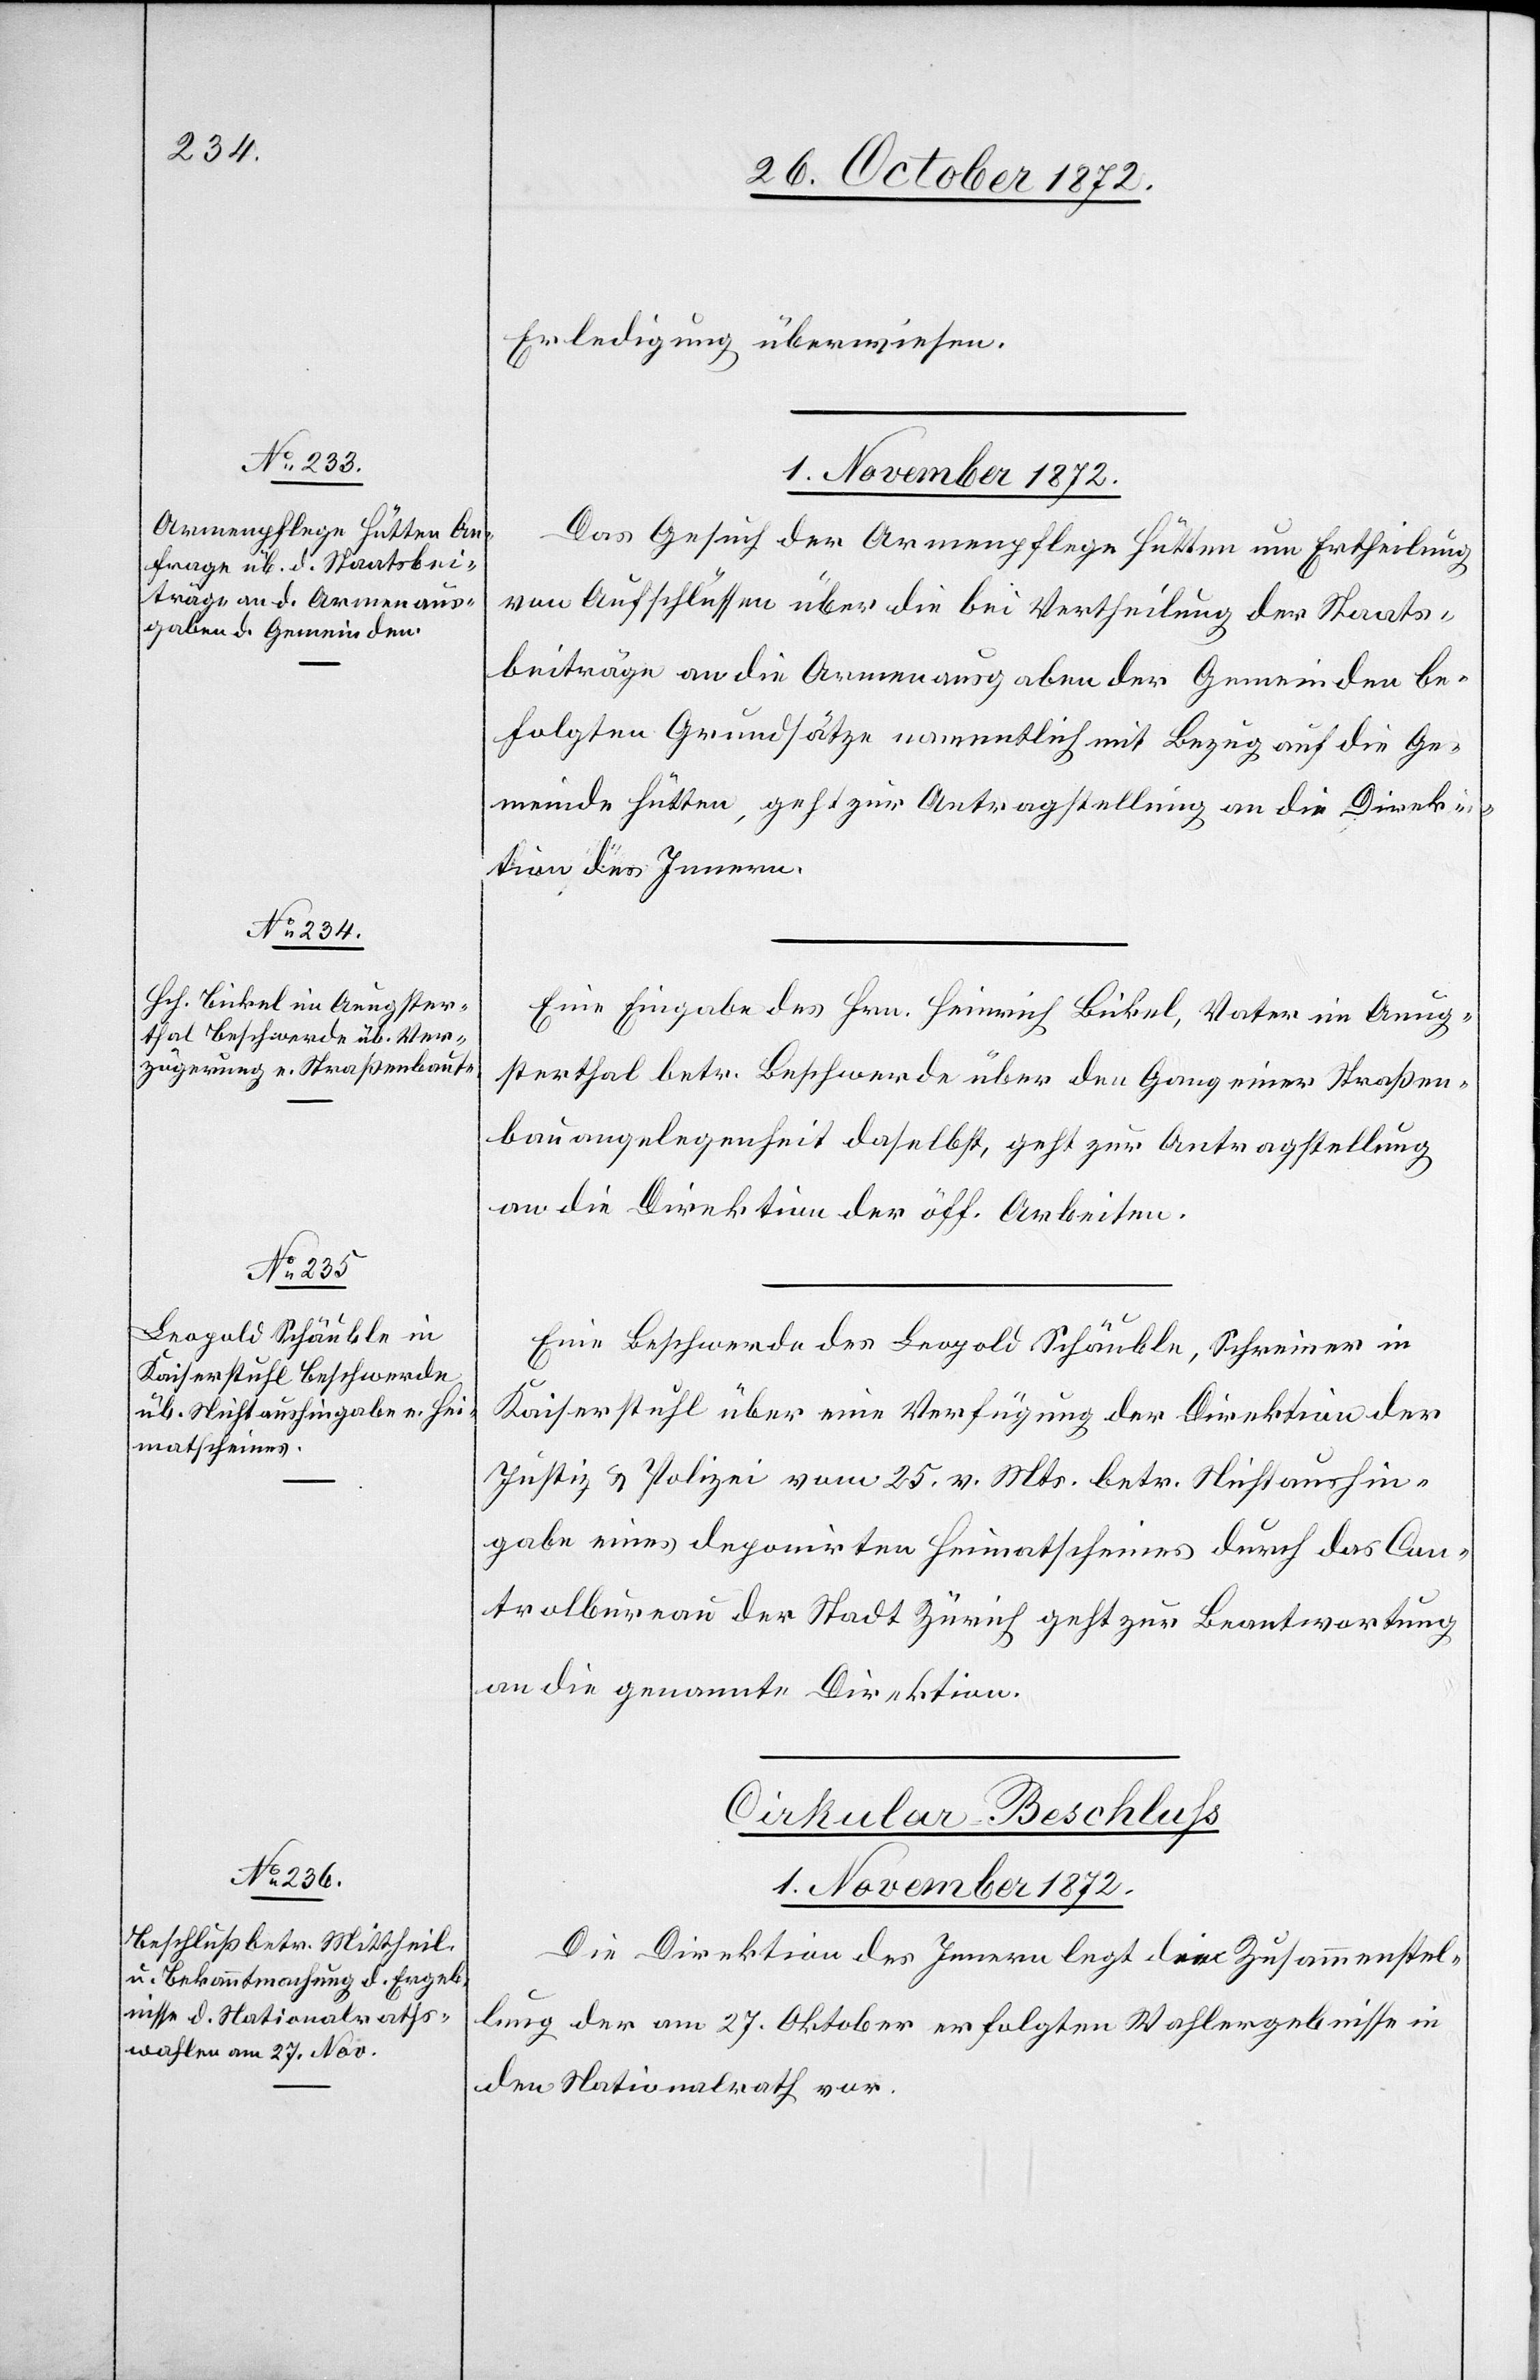
Erledigung überwiesen.
1. November 1872.
Das Gesuch der Armenpflege Hütten um Ertheilung
von Aufschlüssen über die bei Vertheilung der Staats¬
beiträge an die Armenausgaben der Gemeinden be¬
folgten Grundsätze namentlich mit Bezug auf die Ge¬
meinde Hütten, geht zur Antragstellung an die Direk¬
tion des Innern.
Eine Eingabe des Hrn. Heinrich Bickel, Vater im Aeug¬
sterthal betr. Beschwerde über den Gang einer Straßen¬
bauangelegenheit daselbst, geht zur Antragstellung
an die Direktion der öff. Arbeiten.
Eine Beschwerde des Leopold Schäuble, Schreiner in
Kaiserstuhl über eine Verfügung der Direktion der
Justiz u. Polizei vom 25. v. Mts. betr. Nichtaushin¬
gabe eines deponirten Heimatscheines durch das Cen¬
tralbureau der Stadt Zürich geht zur Beantwortung
an die genannte Direktion.
Cirkular-Beschluß
Die Direktion des Innern legt die Zusammenstel¬
lung der am 27. Oktober erfolgten Wahlergebnisse in
den Nationalrath vor.